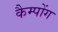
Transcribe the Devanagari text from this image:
कैम्पोंग